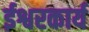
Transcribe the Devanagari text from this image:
ईश्वरकार्य